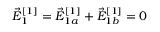
\vec { E } _ { 1 } ^ { [ 1 ] } = \vec { E } _ { 1 a } ^ { [ 1 ] } + \vec { E } _ { 1 b } ^ { [ 1 ] } = 0